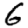
Digit: 6